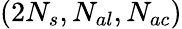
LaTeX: (2N_{s},N_{al},N_{ac})